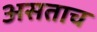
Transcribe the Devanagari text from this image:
असताच